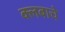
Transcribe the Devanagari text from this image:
क्लबाचे